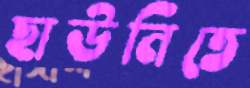
ছাউনিতে